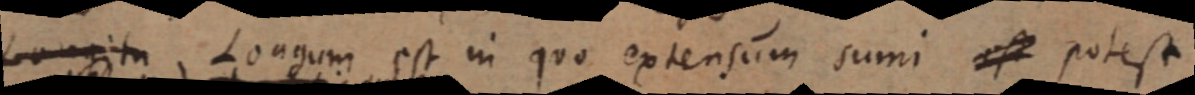
Longitu Longum est in quo extensum sumi est potest